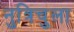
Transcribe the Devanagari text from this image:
नुत्रिचुला